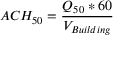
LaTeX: A C H _ { 5 0 } = { \frac { Q _ { 5 0 } * 6 0 } { V _ { B u i l d i n g } } } \,